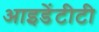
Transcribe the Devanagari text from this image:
आइडेंटीटी